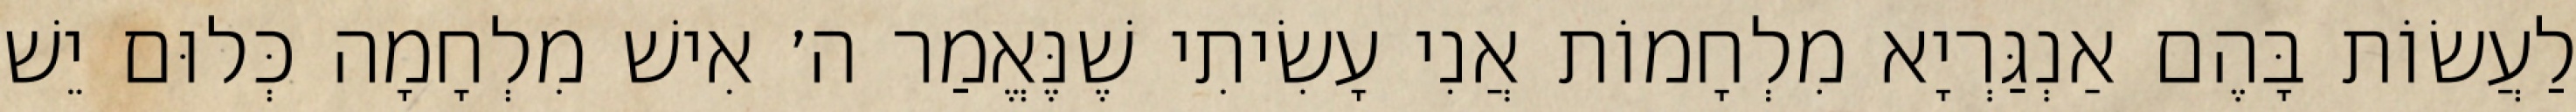
לַעֲשׂוֹת בָּהֶם אַנְגַּרְיָא מִלְחָמוֹת אֲנִי עָשִׂיתִי שֶׁנֶּאֱמַר ה׳ אִישׁ מִלְחָמָה כְּלוּם יֵשׁ